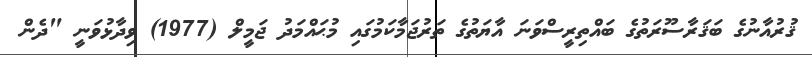
ޤުރުއާނުގެ ބަޤަރާސޫރަތުގެ ބައްތިރީސްވަނަ އާޔަތުގެ ތަރުޖަމާކަމުގައި މުޙައްމަދު ޖަމީލް (1977) ވިދާޅުވަނީ "ދެން